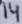
Text: 14